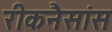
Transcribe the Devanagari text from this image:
रीकनैसांस